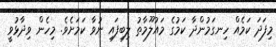
މިފަދަ ކަމެއް ހިނގަމުންދާ ކަމުގެ މައުލޫމާތު ލިބިފައި ނުވާ ކަމަށެވެ. މިހެން ވިދާޅުވީ